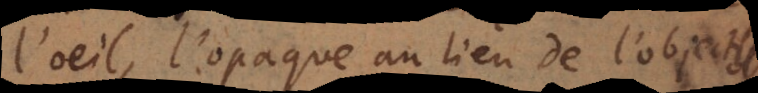
l’oeil, l’opaque au lieu de l’object